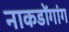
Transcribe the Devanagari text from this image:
नाकडोंगांग